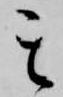
其